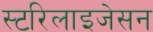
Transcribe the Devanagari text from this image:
स्टरिलाइजेसन